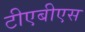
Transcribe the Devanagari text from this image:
टीएबीएस